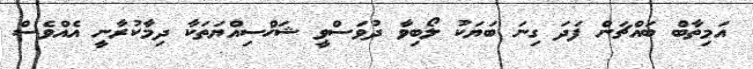
އަމިތާބް ބައްޗަން ފަދަ ގިނަ ބަޔަކު ލޯބިވާ ދުވަސްވީ ޝަޚްސިއްޔަތަކާ ދިމާކުރާނީ އެއްވެސް